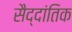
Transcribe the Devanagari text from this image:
सैद्दांतिक